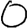
Digit: 0